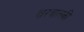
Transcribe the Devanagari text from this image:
श्चरवात्स्की